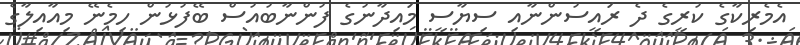
އެމެރިކާގެ ކުރީގެ ދެ ރައީސުންނާއި ސިޔާސީ މައިދާނުގެ ފުންނާބުއުސް ބޭފުޅުން ހިމެނޭ މިއާއިލާގެ